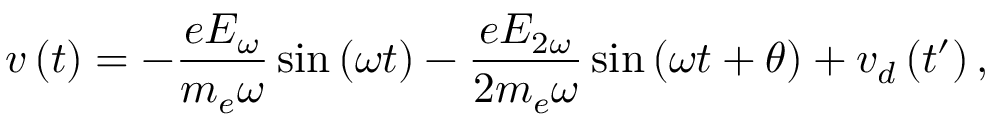
v \left( t \right) = - \frac { e E _ { \omega } } { m _ { e } \omega } \sin \left( \omega t \right) - \frac { e E _ { 2 \omega } } { 2 m _ { e } \omega } \sin \left( \omega t + \theta \right) + v _ { d } \left( t ^ { \prime } \right) ,